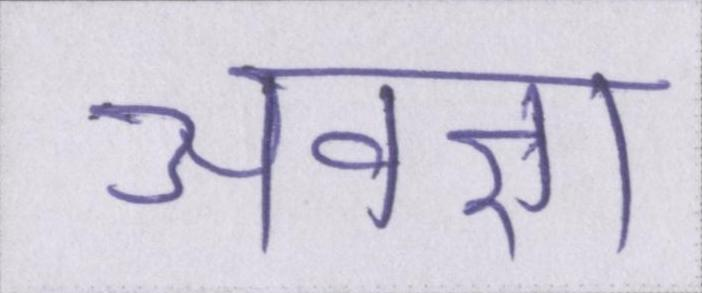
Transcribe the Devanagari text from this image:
अवज्ञा